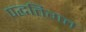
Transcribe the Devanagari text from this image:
पद्धतिगत